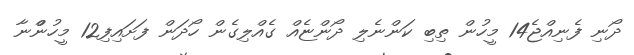
ދޯނި ފެނިއްޖެ14 މީހުން ތިބި ކަންނެލި ދޯންޏެއް ގެއްލިގެން ހޯދަން ފަށައިިފި12 މީހުންްނާ